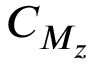
C _ { M _ { z } }